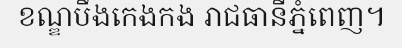
ខណ្ឌបឹងកេងកង រាជធានីភ្នំពេញ។